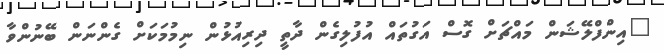
"އިންފްލޭޝަން މައްޗަށް ގޮސް އަގުތައް އުފުލިގެން ދާތީ ދިރިއުޅުން ނިމުމަކަށް ގެންނަން ބޭނުންވާ